Lunatic asylums United Provinces 1909-1921 - 1909-1921
Year: 1909
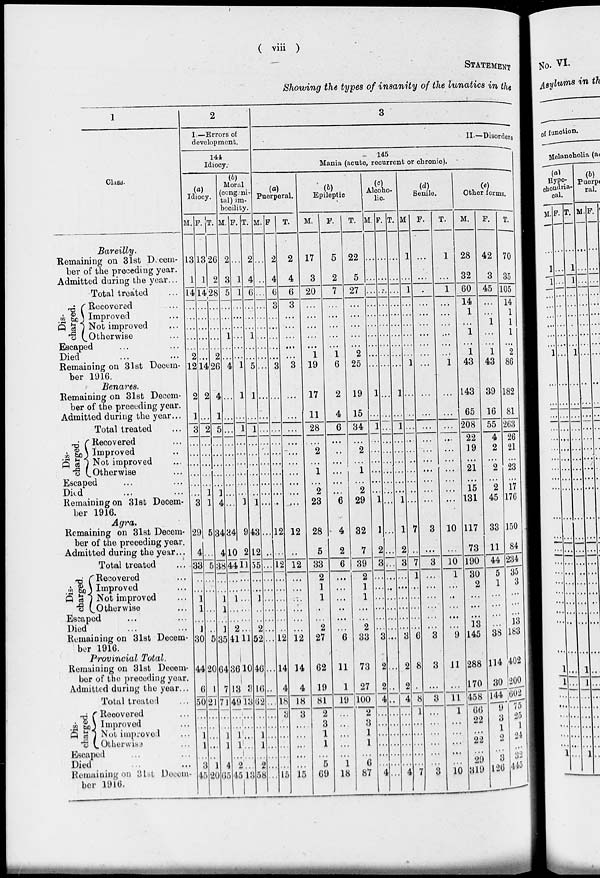
( viii )
STATEMENT
Showing the types of insanity of the lunatics in the
1
Class.
Bareilly.
Remaining on 31st Decem-
ber of the preceding year.
Admitted during the year ...
Total treated …
Dis-
charged.
Recovered …
Improved …
Not improved
Otherwise
Escaped … …
Died
…
…
Remaining on 31st Decem-
ber 1916.
Benares.
Remaining on 31st Decem-
ber of the preceding year.
Admitted during the year ...
Total treated …
Di s-
charged.
Recovered …
Improved …
Not improved …
Otherwise ...
Escaped ... ...
Died ... ...
Remaining on 31st Decem-
ber 1916.
Agra.
Remaining on 31st Decem-
ber of the preceding year.
Admitted during the year ...
Total treated …
Dis-
charged.
Recovered ...
Imporved ...
Not improved ...
Otherwise ...
Escaped ... ...
Died
…
…
Remaining on 31st Decem-
ber 1916.
Provincial Total.
Remaining on 31st Decem-
ber of the preceding year.
Admitted during the year ...
Total treated ...
Discharged. Recovered ...
Improved ...
Not improved ...
Otherwise ...
Escaped ... ...
Died
...
...
Remaining on 31st Decem-
ber 1916.
2
I.—Errors of
development.
144
Idiocy.
(a)
Idiocy.
M.
13
1
14
…
…
…
…
…
2
12
2
1
3
…
…
…
…
…
…
3
29
4
33
…
…
1
1
…
1
30
44
6
50
…
…
1
1
…
3
45
F.
13
1
14
…
…
…
…
…
…
14
2
…
2
…
…
…
…
…
1
1
5
...
5
…
1
…
…
…
…
5
20
1
21
…
…
…
...
…
1
20
T.
26
2
28
…
…
…
…
…
2
26
4
1
5
…
…
…
…
…
1
4
34
4
38
…
…
1
1
…
1
35
64
7
71
…
…
1
1
…
4
65
Moral
(congeni-
tal) im-
becility.
M.
2
3
5
…
…
…
1
…
…
4
...
…
...
…
…
…
…
…
…
…
34
10
44
…
1
1
1
…
2
41
36
13
49
…
…
1
1
…
2
45
F.
…
1
1
…
…
…
…
…
…
1
1
…
1
…
…
…
…
…
…
1
9
2
11
…
1
…
…
…
…
11
10
3
13
…
…
…
...
…
…
13
T.
2
4
6
…
…
…
1
…
…
5
1
…
1
…
…
…
…
…
…
1
43
12
55
…
…
1
…
…
2
52
46
16
62
…
…
1
1
…
2
58
3
II.—Disorders
145
Mania (acute, recurrent or chronic).
Puerperal.
M.
…
…
…
…
…
…
…
…
…
…
…
…
…
…
…
…
…
…
…
...
...
…
…
…
…
…
…
…
…
…
...
…
…
…
…
…
…
…
…
…
F.
2
4
6
3
…
…
…
…
…
3
…
…
…
…
…
…
…
…
…
…
12
...
12
…
…
…
…
…
…
12
14
4
18
3
…
…
…
…
…
15
T.
2
4
6
3
…
…
…
…
…
3
...
…
...
…
…
…
…
…
…
…
12
…
12
…
…
…
…
…
…
12
14
4
18
3
...
…
…
…
…
15
Epileptic
M.
17
3
20
…
…
…
…
…
1
19
17
11
28
...
2
… 1
…
2
23
28
5
33
2
1
1
…
…
2
27
62
19
81
2
3
1
1
…
5
69
F.
5
2
7
…
…
…
…
…
1
6
2
4
6
...
…
…
…
…
…
6
4
2
6
…
…
…
…
…
…
6
11
1
19
…
…
…
…
…
1
18
T.
22
5
27
…
…
…
…
…
2
25
19
15
34
…
2
…
1
…
2
29
32
7
39
2
1
1
…
…
2
33
73
27
100
2
3
1
1
…
6
87
(c)
Alcoho-
lic
M.
…
…
…
…
…
…
…
…
…
…
1
…
1
…
…
…
…
…
…
1
1
2
3
...
…
…
…
…
…
3
2
2
4
…
…
…
…
…
…
4
F.
…
…
…
…
…
…
…
…
…
…
...
…
…
…
…
…
…
…
…
...
...
…
...
...
…
…
…
…
…
…
...
…
…
…
…
…
…
…
…
…
T.
…
…
…
…
…
…
…
…
…
…
1
…
1
…
…
…
…
…
…
1
1
2
3
…
…
…
…
…
…
3
2
2
4
…
…
…
…
…
…
4
(d)
Senile.
M.
1
…
1
…
…
…
…
…
…
1
…
…
…
…
…
…
…
…
…
...
7
…
7
1
…
…
…
…
…
6
8
…
8
1
…
…
…
…
…
7
F.
...
…
…
…
…
…
…
…
…
...
…
…
…
…
…
…
…
…
...
3
...
3
…
…
…
…
…
…
3
3
…
3
...
…
…
…
…
…
3
T.
1
…
1
…
…
…
…
…
…
1
...
…
…
…
…
…
…
…
…
…
10
...
10
1
…
…
…
…
…
9
11
…
11
1
…
…
…
…
…
10
(e)
Other forms.
M.
28
32
60
14
1
…
1
…
1
43
143
65
208
22
19
…
21
…
15
131
117
73
190
30
2
…
…
…
13
145
288
170
458
66
22
…
22
…
29
319
F.
42
3
45
...
…
1
…
…
1
43
39
16
55
4
2
…
2
…
2
45
33
11
44
5
1
…
…
…
...
38
114
30
144
9
3
1
2
…
3
126
T.
70
35
105
14
1
1
1
…
2
86
182
81
263
26
21
…
23
…
17
176
150
84
234
35
3
…
...
…
13
183
402
200
602
75
25
1
24
…
32
445